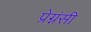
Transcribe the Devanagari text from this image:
प्रेग्नंसी